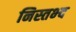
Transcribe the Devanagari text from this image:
निस्तभ्द